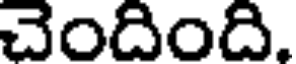
చెందింది.